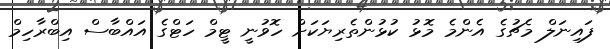
ފައިނަލް މެޗުގެ އެންމެ މޮޅު ކުޅުންތެރިޔަކަށް ހޮވުނީ ޓީމް ހަޓްގެ އައްބާސް އިބްރާހިމް